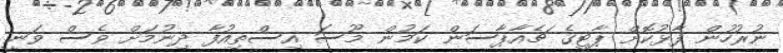
ނުރުހުން ފާޅުކޮށް ޕާޓީގެ ޗެއާޕާސަން ކަމުން މޫސަ އިސްތިއުފާ ދިނުމަށް ވެސް ވަނީ